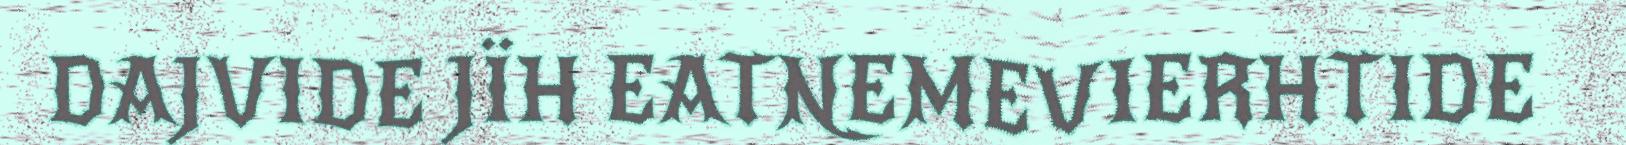
DAJVIDE JÏH EATNEMEVIERHTIDE